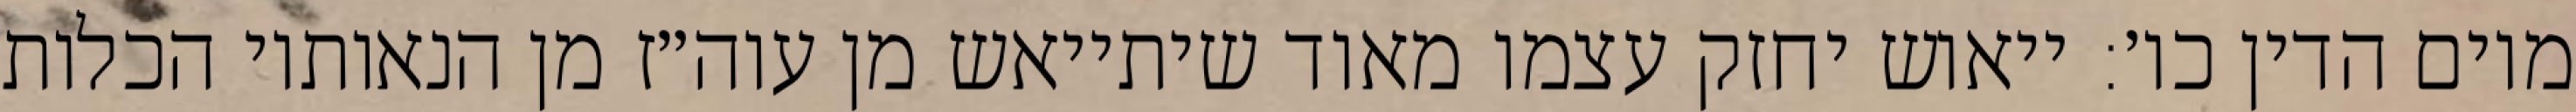
מיום הדין כו׳: ייאוש יחזק עצמו מאוד שיתייאש מן עוה״ז מן הנאותיו הכלות